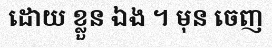
ដោយ ខ្លួន ឯង ។ មុន ចេញ